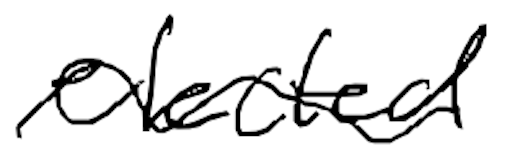
Text: elected
Cross-out: mix
Writing tool: digital_black